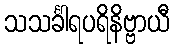
သသင်္ခါရပရိနိဗ္ဗာယီ